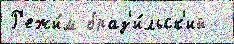
Р'ежи́м браз'и́льск'ий